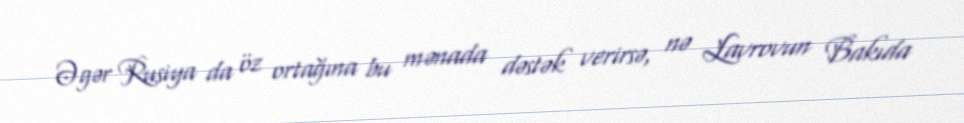
Əgər Rusiya da öz ortağına bu mənada dəstək verirsə, nə Lavrovun Bakıda